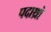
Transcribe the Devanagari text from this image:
पदाथ्रो